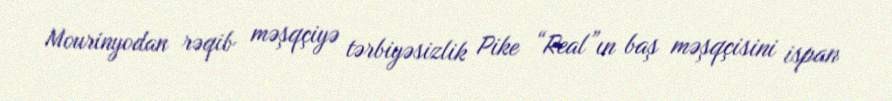
Mourinyodan rəqib məşqçiyə tərbiyəsizlik Pike “Real”ın baş məşqçisini ispan